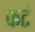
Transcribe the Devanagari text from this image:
कटं